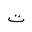
Letter: _ta